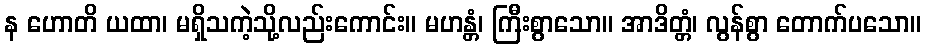
န ဟောတိ ယထာ၊ မရှိသကဲ့သို့လည်းကောင်း။ မဟန္တံ၊ ကြီးစွာသော။ အာဒိတ္တံ၊ လွန်စွာ တောက်ပသော။